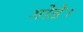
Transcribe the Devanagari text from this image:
गोडे।